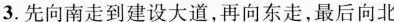
建设大道 3.先向南走到建设大道，再向东走，最后向北走